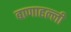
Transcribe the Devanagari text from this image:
बाणाहल्ली